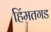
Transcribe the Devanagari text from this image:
हिंमतगड